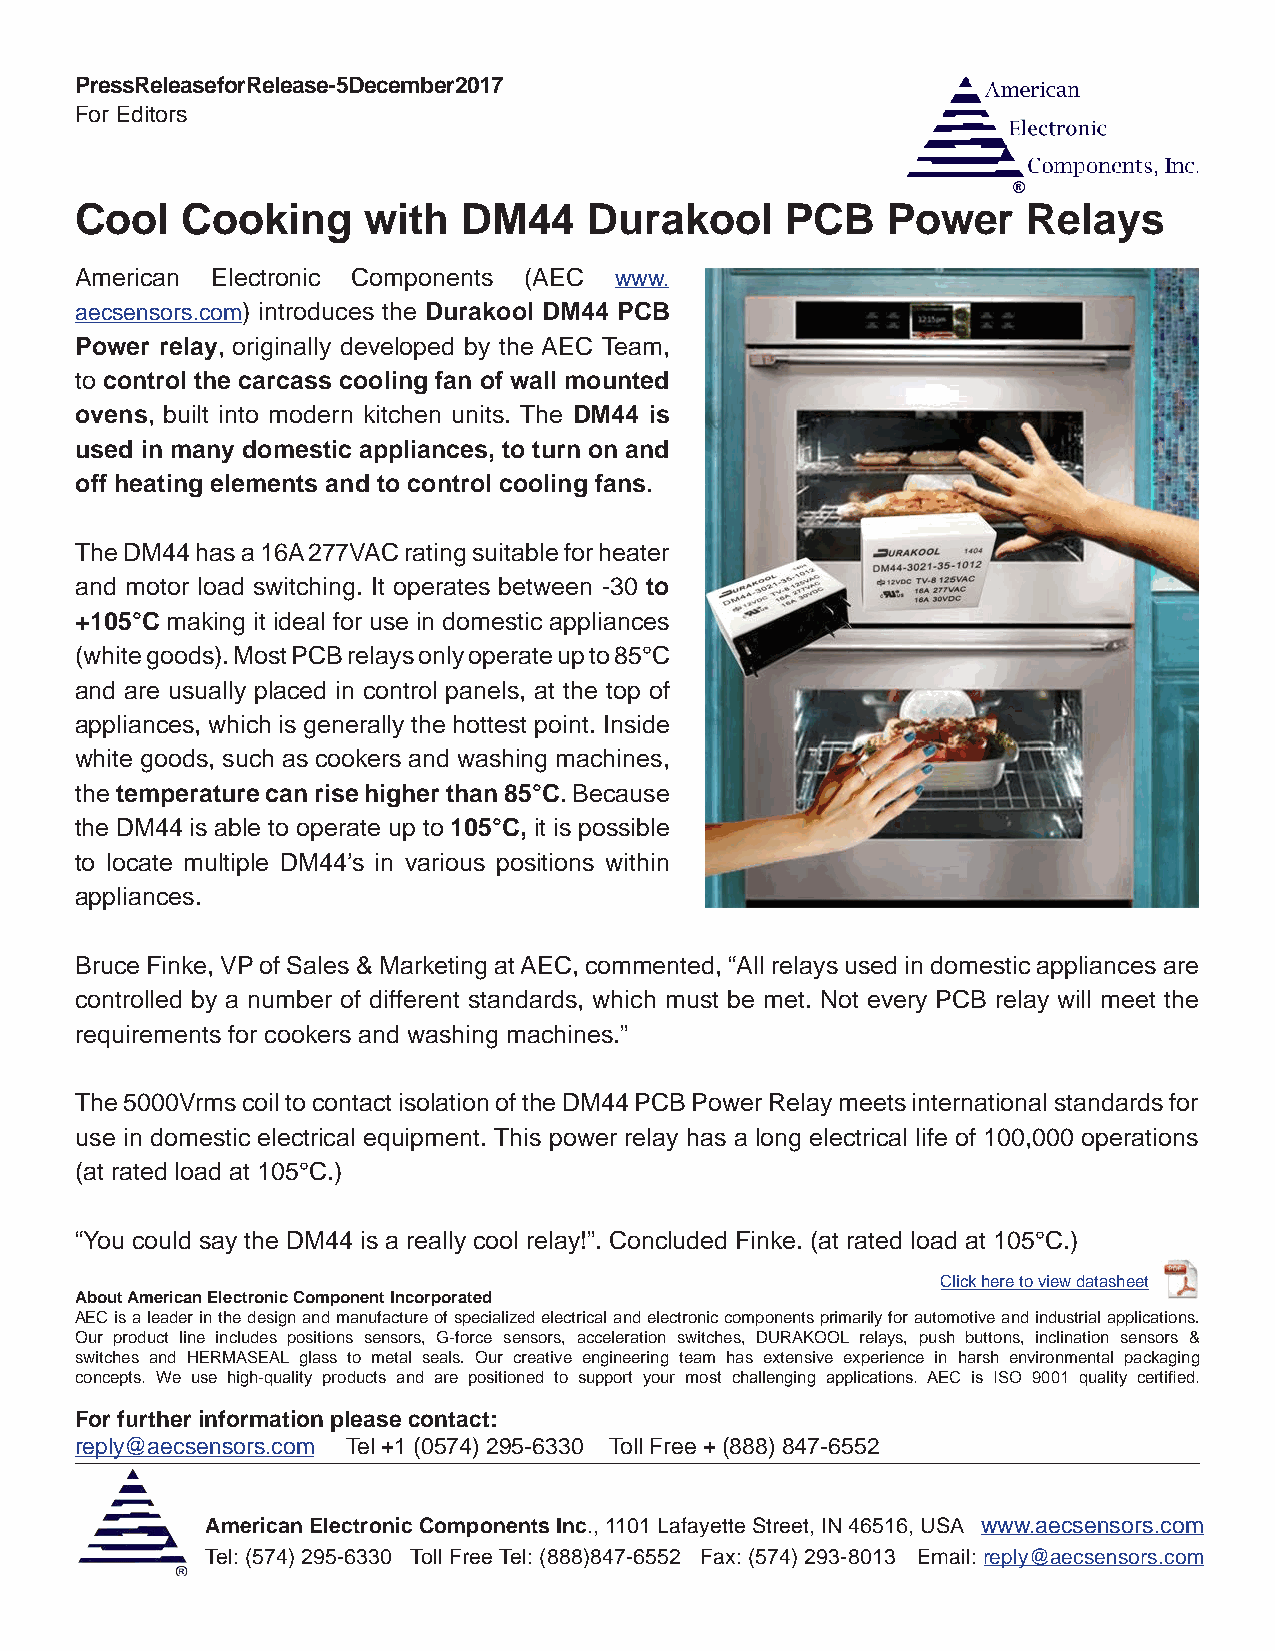
Press Release for Release - 5 December 2017
 For Editors
 Cool   Cooking     with   DM44    Durakool     PCB    Power    Relays
 American Electronic Components (AEC www.
 aecsensors.com) introduces the Durakool DM44 PCB
 Power relay, originally developed by the AEC Team,
 to control the carcass cooling fan of wall mounted
 ovens, built into modern kitchen units. The DM44 is
 used in many domestic appliances, to turn on and
 off heating elements and to control cooling fans.
 The DM44 has a 16A 277VAC rating suitable for heater
 and motor load switching. It operates between -30 to
 +105°C making it ideal for use in domestic appliances
 (white goods). Most PCB relays only operate up to 85°C
 and are usually placed in control panels, at the top of
 appliances, which is generally the hottest point. Inside
 white goods, such as cookers and washing machines,
 the temperature can rise higher than 85°C. Because
 the DM44 is able to operate up to 105°C, it is possible
 to locate multiple DM44’s in various positions within
 appliances.
 Bruce Finke, VP of Sales & Marketing at AEC, commented, “All relays used in domestic appliances are
 controlled by a number of different standards, which must be met. Not every PCB relay will meet the
 requirements for cookers and washing machines.”
 The 5000Vrms coil to contact isolation of the DM44 PCB Power Relay meets international standards for
 use in domestic electrical equipment. This power relay has a long electrical life of 100,000 operations
 (at rated load at 105°C.)
 “You could say the DM44 is a really cool relay!”. Concluded Finke. (at rated load at 105°C.)
 Click here to view datasheet
 About American Electronic Component Incorporated
 AEC is a leader in the design and manufacture of specialized electrical and electronic components primarily for automotive and industrial applications.
 Our product line includes positions sensors, G-force sensors, acceleration switches, DURAKOOL relays, push buttons, inclination sensors &
 switches and HERMASEAL glass to metal seals. Our creative engineering team has extensive experience in harsh environmental packaging
 concepts. We use high-quality products and are positioned to support your most challenging applications. AEC is ISO 9001 quality certified.
 For further information please contact:
 reply@aecsensors.com Tel +1 (0574) 295-6330 Toll Free + (888) 847-6552
 American Electronic Components Inc., 1101 Lafayette Street, IN 46516, USA www.aecsensors.com
 Tel: (574) 295-6330 Toll Free Tel: (888)847-6552 Fax: (574) 293-8013 Email: reply@aecsensors.com